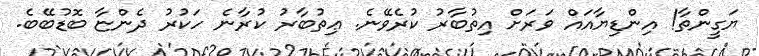
ޔަގީންތާ! އިންޑިޔާއައް ވަރަށް އިތުބާރު ކުރެވޭނެ. ޢިތުބާރު ކުރާނެ ހަކުރު ދެންޏާ ބޮޑުބޭބެ.